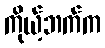
ကိုယ့်ဘက်က